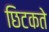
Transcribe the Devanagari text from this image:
छिटकते